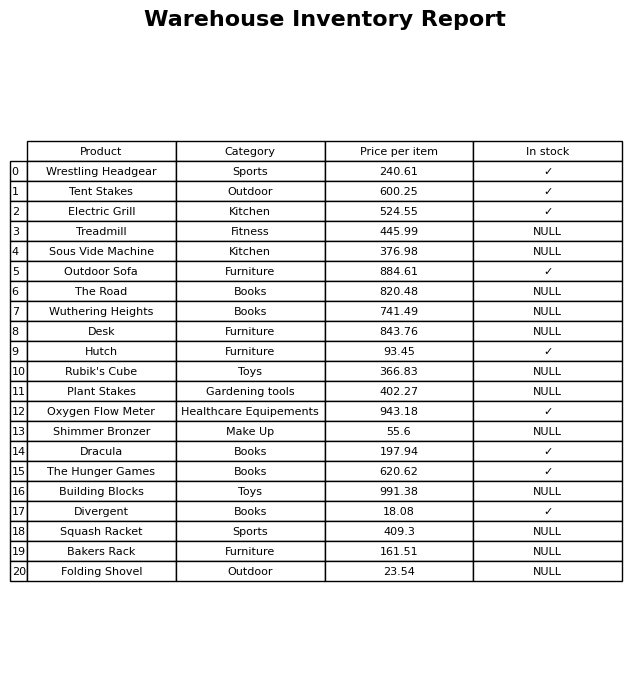
question: What is the stock status of the Building Blocks?
answer: NULL